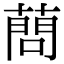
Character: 蔄